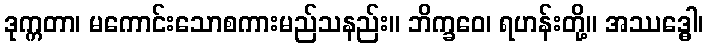
ဒုက္ကတာ၊ မကောင်းသောစကားမည်သနည်း။ ဘိက္ခဝေ၊ ရဟန်းတို့။ အဿဒ္ဓေါ၊